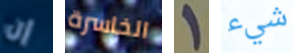
إن الخاسرة 1 شيء